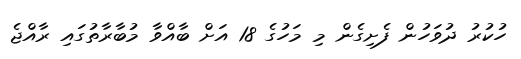
ހުކުރު ދުވަހުން ފެށިގެން މި މަހުގެ 18 އަށް ބާއްވާ މުބާރާތުގައި ރާއްޖެ